Insane asylums in Bengal annual reports 1867-1875 - 1867-1875
Year: 1867
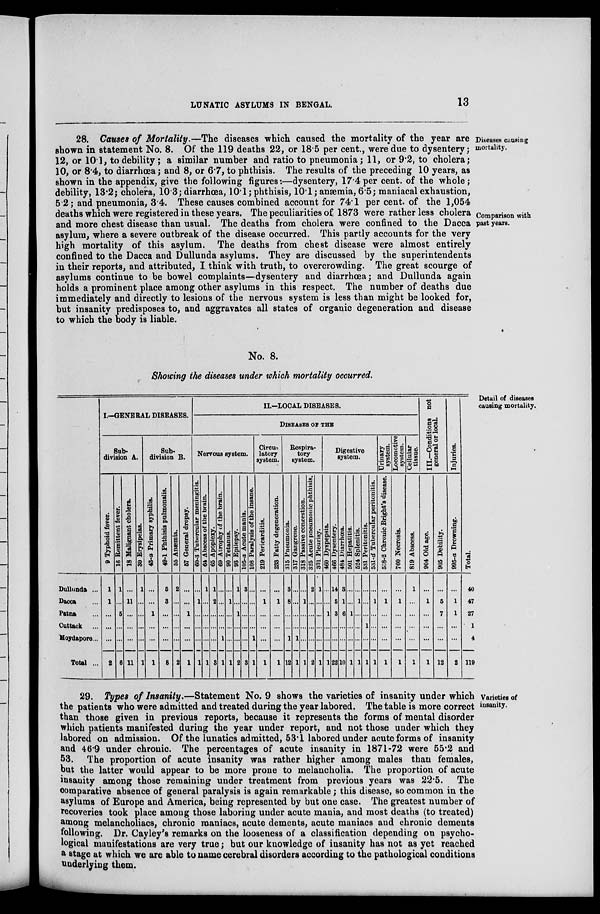
LUNATIC ASYLUMS IN BENGAL.
13
Diseases causing
mortality.
Comparison with
past years.
28. Causes of Mortality.—The diseases which caused the mortality of the year are
shown in statement No. 8. Of the 119 deaths 22, or 18.5 per cent., were due to dysentery;
12, or 10.1, to debility; a similar number and ratio to pneumonia; 11, or 9.2, to cholera;
10, or 8.4, to diarrhœa; and 8, or 6.7, to phthisis. The results of the preceding 10 years, as
shown in the appendix, give the following figures:—dysentery, 17.4 per cent. of the whole;
debility, 13.2; cholera, 10.3; diarrhœa, 10.1; phthisis, 10.1; anæmia, 6.5; maniacal exhaustion,
5.2; and pneumonia, 3.4. These causes combined account for 74. 1 per cent. of the 1,054
deaths which were registered in these years. The peculiarities of 1873 were rather less cholera
and more chest disease than usual. The deaths from cholera were confined to the Dacca
asylum, where a severe outbreak of the disease occurred. This partly accounts for the very
high mortality of this asylum. The deaths from chest disease were almost entirely
confined to the Dacca and Dullunda asylums. They are discussed by the superintendents
in their reports, and attributed, I think with truth, to overcrowding. The great scourge of
asylums continue to be bowel complaints—dysentery and diarrhœa; and Dullunda again
holds a prominent place among other asylums in this respect. The number of deaths due
immediately and directly to lesions of the nervous system is less than might be looked for,
but insanity predisposes to, and aggravates all states of organic degeneration and disease
to which the body is liable.
No. 8.
Showing the diseases under which mortality occurred.
Detail of diseases
causing mortality.
Dullunda ...
Dacca ...
Patna ...
Cuttack ...
Moydapore ...
Total ...
I.––GENERAL DISEASES.
Sub-
division A.
9 Typhoid fever.
1
1
...
...
...
2
16 Remittent fever.
1
...
5
...
...
6
18 Malignant cholera.
...
11
...
...
...
11
30 Erysipelas.
1
...
...
...
...
1
Sub-
division B.
43-a Primary syphilis.
...
...
1
...
...
1
49-1 Phthisis pulmonalis.
5
3
...
...
...
8
55 Anaemia.
2
...
...
...
...
2
67 General dropsy.
...
...
1
...
...
1
II.––LOCAL DISEASES.
DISEASES OF THE
Nervous system.
60-3 Tubercular meningitis.
...
1
...
...
...
1
64 Abscess of the brain.
1
...
...
...
...
1
65 Apoplexy.
1
2
...
...
...
3
69 Atrophy of the brain.
...
...
...
...
1
1
90 Tetanus.
...
1
...
...
...
1
93 Epilepsy.
1
...
1
...
...
2
105-a Acute mania.
3
...
...
...
...
3
108 Paralysis of the insane.
...
...
...
...
1
1
Circu-
latory
system.
219 Pericarditis.
...
1
...
...
...
1
233 Fatty degeneration.
...
1
...
...
...
1
Respira-
tory
system.
315 Pneumonia.
3
8
...
...
1
12
317 Gangrene.
...
...
...
...
1
1
318 Passive congestion.
...
1
...
...
...
1
325 Acute pneumonic phthisis.
2
...
...
...
...
2
331 Pleurisy.
1
...
...
...
...
1
Digestive
system.
460 Dyspepsia.
...
...
1
...
...
1
466 Dysentery.
14
5
3
...
...
22
484 Diarrhœa.
3
1
6
...
...
10
501 Hepatitis.
...
...
1
...
...
1
524 Splenitis.
...
1
...
...
...
1
531 Peritonitis.
...
...
...
1
...
1
531-d Tubercular peritonitis.
...
1
...
...
...
1
Urinary
system.
538-2 Chronic Bright's disease.
...
1
...
...
...
1
Locomotive
system.
760 Necrosis.
...
1
...
...
...
1
Cellular
tissue.
819 Abscess.
1
...
...
...
...
1
III.—Conditions not
general or local.
904 Old age.
...
1
...
...
...
1
905 Debility.
...
5
7
...
...
12
Injuries.
995-a Drowning.
...
1
1
...
...
2
Total.
40
47
27
1
4
119
Varieties of
insanity.
29. Types of Insanity.—Statement No. 9 shows the varieties of insanity under which
the patients who were admitted and treated during the year labored. The table is more correct '
than those given in previous reports, because it represents the forms of mental disorder
which patients manifested during the year under report, and not those under which they
labored on admission. Of the lunatics admitted, 53.1 labored under acute forms of insanity
and 46.9 under chronic. The percentages of acute insanity in 1871-72 were 55.2 and
53. The proportion of acute insanity was rather higher among males than females,
but the latter would appear to be more prone to melancholia. The proportion of acute
insanity among those remaining under treatment from previous years was 22.5. The
comparative absence of general paralysis is again remarkable; this disease, so common in the
asylums of Europe and America, being represented by but one case. The greatest number of
recoveries took place among those laboring under acute mania, and most deaths (to treated)
among melancholiacs, chronic maniacs, acute dements, acute maniacs and chronic dements
following. Dr. Cayley's remarks on the looseness of a classification depending on psycho-
logical manifestations are very true; but our knowledge of insanity has not as yet reached
a stage at which we are able to name cerebral disorders according to the pathological conditions
underlying them.